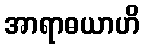
အာရာဓယာဟိ